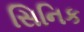
સિનિક